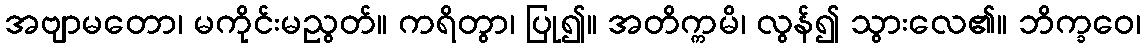
အဗျာမတော၊ မကိုင်းမညွတ်။ ကရိတွာ၊ ပြု၍။ အတိက္ကမိ၊ လွန်၍ သွားလေ၏။ ဘိက္ခဝေ၊